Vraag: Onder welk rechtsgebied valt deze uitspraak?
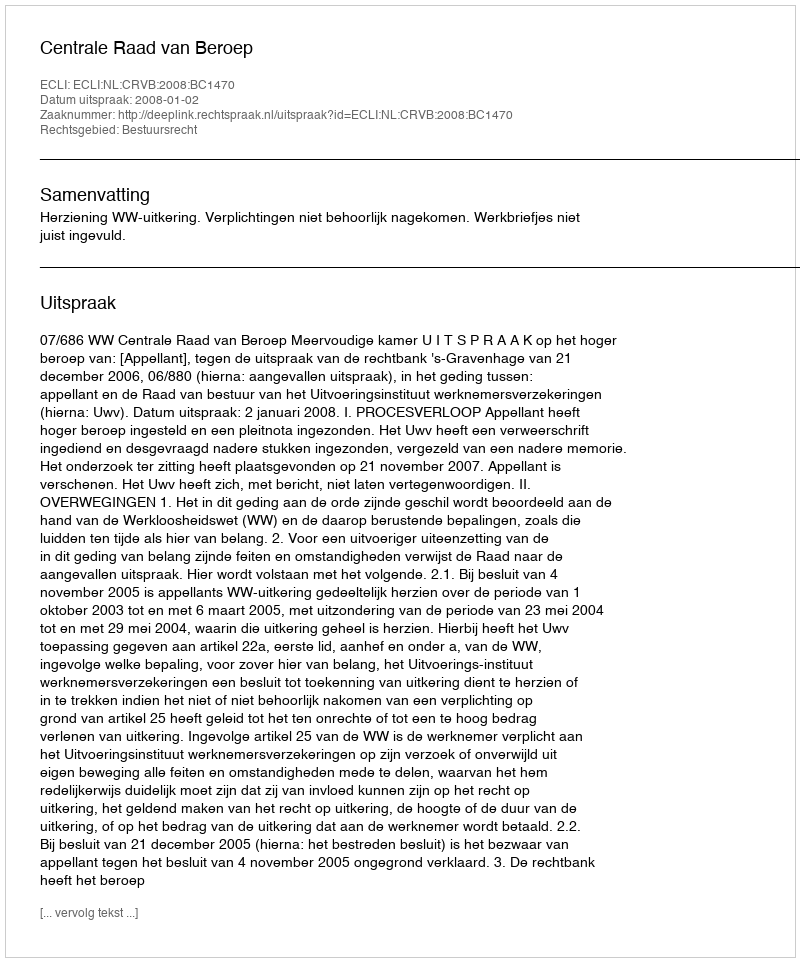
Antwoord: Bestuursrecht